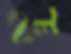
হল